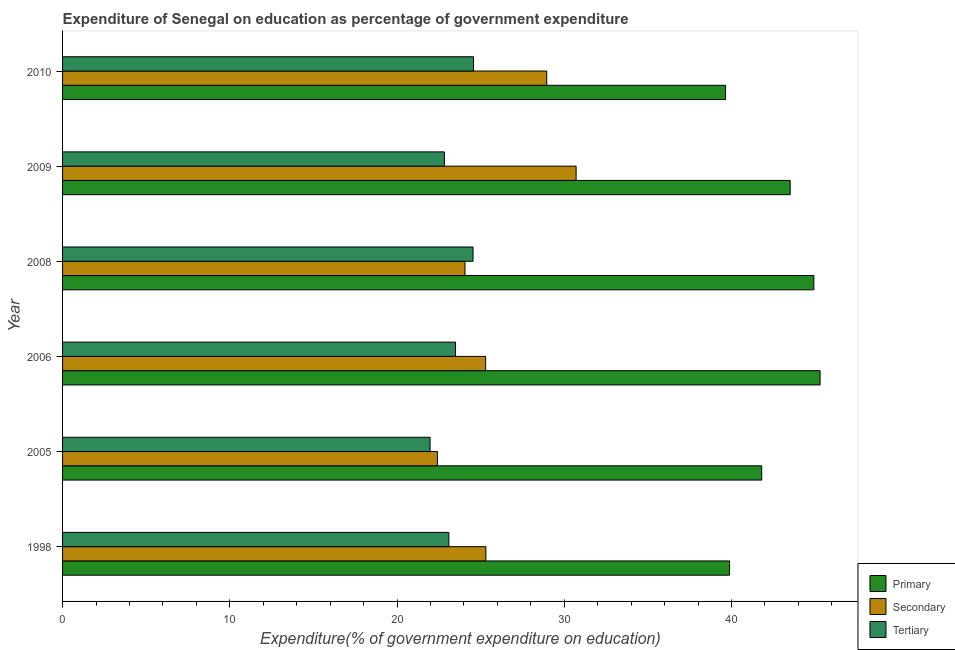
| Year | Primary | Secondary | Tertiary |
 | --- | --- | --- | --- |
 | 1998 | 39.9 | 25.3 | 23.1 |
 | 2005 | 41.8 | 22.4 | 22 |
 | 2006 | 45.3 | 25.3 | 23.5 |
 | 2008 | 44.9 | 24.1 | 24.5 |
 | 2009 | 43.5 | 30.7 | 22.8 |
 | 2010 | 39.6 | 29 | 24.6 |